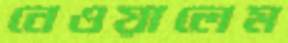
নেওয়ালেম